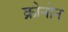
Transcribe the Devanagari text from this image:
क्रोनोन